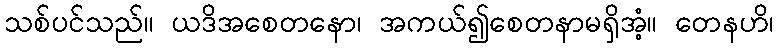
သစ်ပင်သည်။ ယဒိအစေတနော၊ အကယ်၍စေတနာမရှိအံ့။ တေနဟိ၊